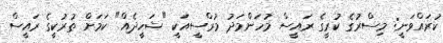
ކުރައްވަނީ: މިސްރުގެ ކުރީގެ ރައީސް މުހަންމަދު މުރްސީއަކީ "ޝަހީދެއް" ކަމަށް ތުރުކީގެ ރައީސް